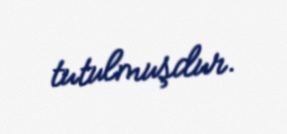
tutulmuşdur.